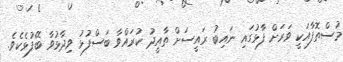
މުސްތޮފާއަކީ ވަރަށް ފާޅުގައި ނައިބު ރައީސަށް ތާއީދު ކުރައްވާ ބަސްފުޅު ވިދާޅުވާ ބޭފުޅެކެވެ.